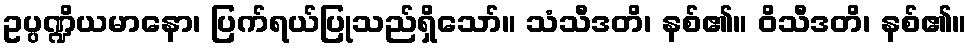
ဥပ္ပဏ္ဍိယမာနော၊ ပြက်ရယ်ပြုသည်ရှိသော်။ သံသီဒတိ၊ နစ်၏။ ဝိသီဒတိ၊ နစ်၏။